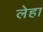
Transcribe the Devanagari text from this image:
लेहा